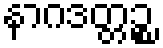
နာဂဒတ္တဉ္စ